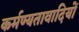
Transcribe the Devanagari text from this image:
कर्मण्यतावादियों